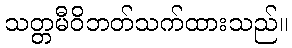
သတ္တမီဝိဘတ်သက်ထားသည်။